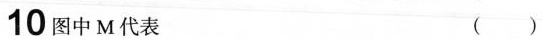
10图中M代表 ()